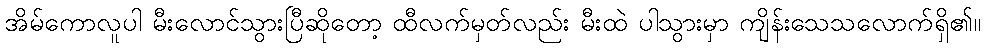
အိမ်ကောလူပါ မီးလောင်သွားပြီဆိုတော့ ထီလက်မှတ်လည်း မီးထဲ ပါသွားမှာ ကျိန်းသေသလောက်ရှိ၏။